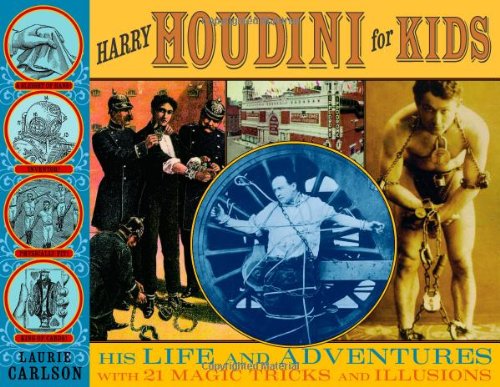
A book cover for Harry Houdini for Kids: His Life and Adventures with 21 Magic Tricks and Illusions (For Kids series); Laurie Carlson; Children's Books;